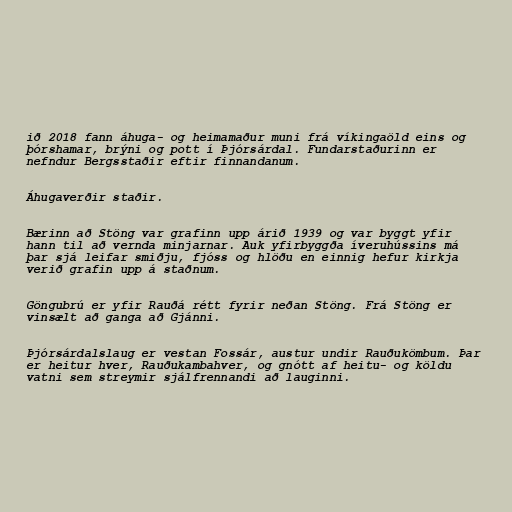
ið 2018 fann áhuga- og heimamaður muni frá víkingaöld eins og
þórshamar, brýni og pott í Þjórsárdal. Fundarstaðurinn er
nefndur Bergsstaðir eftir finnandanum.

Áhugaverðir staðir.

Bærinn að Stöng var grafinn upp árið 1939 og var byggt yfir
hann til að vernda minjarnar. Auk yfirbyggða íveruhússins má
þar sjá leifar smiðju, fjóss og hlöðu en einnig hefur kirkja
verið grafin upp á staðnum.

Göngubrú er yfir Rauðá rétt fyrir neðan Stöng. Frá Stöng er
vinsælt að ganga að Gjánni.

Þjórsárdalslaug er vestan Fossár, austur undir Rauðukömbum. Þar
er heitur hver, Rauðukambahver, og gnótt af heitu- og köldu
vatni sem streymir sjálfrennandi að lauginni.